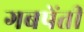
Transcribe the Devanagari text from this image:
गबपेंतीं